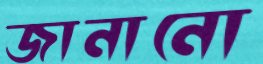
জানানো